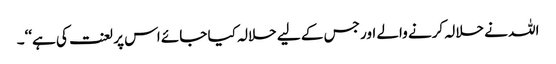
اللہ نے حلالہ کرنے والے اور جس کے لیے حلالہ کیا جائے اس پر لعنت کی ہے‘‘۔